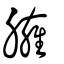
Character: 臃